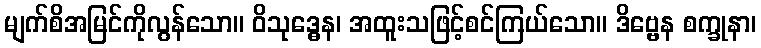
မျက်စိအမြင်ကိုလွန်သော။ ဝိသုဒ္ဓေန၊ အထူးသဖြင့်စင်ကြယ်သော။ ဒိဗ္ဗေန စက္ခုနာ၊